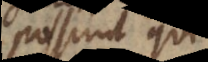
possunt qui